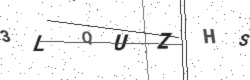
Text: 3LQUZHS